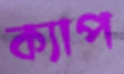
ক্যাপ